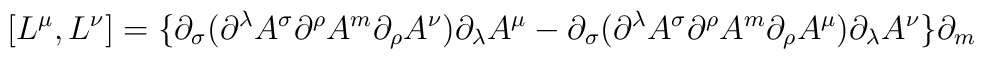
[L^{\mu},L^{\nu}] = \{\partial_{\sigma} (\partial^{\lambda} A^{\sigma}\partial^{\rho} A^{m} \partial_{\rho} A^{\nu}) \partial_{\lambda}A^{\mu}- \partial_{\sigma}( \partial^{\lambda} A^{\sigma} \partial^{\rho}A^{m} \partial_{\rho} A^{\mu}) \partial_{\lambda} A^{\nu} \}\partial_{m}